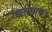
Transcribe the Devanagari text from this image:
कसेंवागत